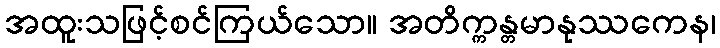
အထူးသဖြင့်စင်ကြယ်သော။ အတိက္ကန္တမာနုဿကေန၊